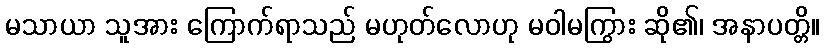
မသာယာ သူအား ကြောက်ရာသည် မဟုတ်လောဟု မဝါမကြွား ဆို၏၊ အနာပတ္တိ။